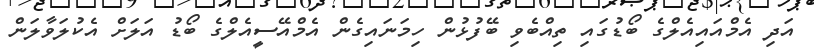
އަދި އެމްއައިއެލްގެ ބޯޑުގައި ތިއްބެވި ބޭފުޅުން ހިމަނައިގެން އެމްއޭސީއެލްގެ ބޯޑު އަލަށް އެކުލަވާލަން